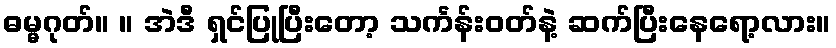
ဓမ္မဂုတ်။ ။ အဲဒီ ရှင်ပြုပြီးတော့ သင်္ကန်းဝတ်နဲ့ ဆက်ပြီးနေရော့လား။